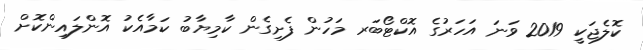
ކޮލެޖަކީ 2019 ވަނަ އަހަރުގެ އޮކްޓޯބަރ މަހުން ފެށިގެން ކާމިޔާބު ކަމާއެކު އޮންލައިންކޮށް